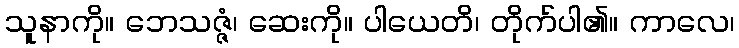
သူနာကို။ ဘေသဇ္ဇံ၊ ဆေးကို။ ပါယေတိ၊ တိုက်ပါ၏။ ကာလေ၊